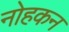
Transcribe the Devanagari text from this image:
नोहकन